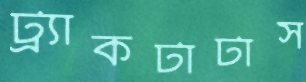
ট্র্যাকটাটাস